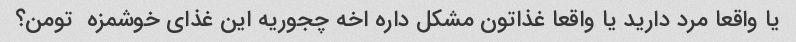
یا واقعا مرد دارید یا واقعا غذاتون مشکل داره اخه چجوریه این غذای خوشمزه  تومن؟